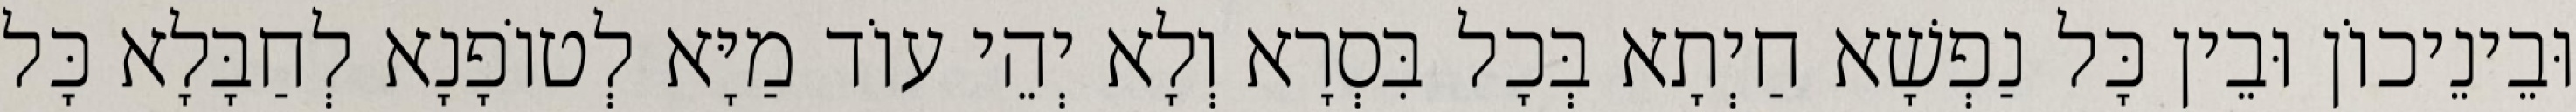
וּבֵינֵיכוֹן וּבֵין כָּל נַפְשָׁא חַיְתָא בְּכָל בִּסְרָא וְלָא יְהֵי עוֹד מַיָּא לְטוֹפָנָא לְחַבָּלָא כָּל